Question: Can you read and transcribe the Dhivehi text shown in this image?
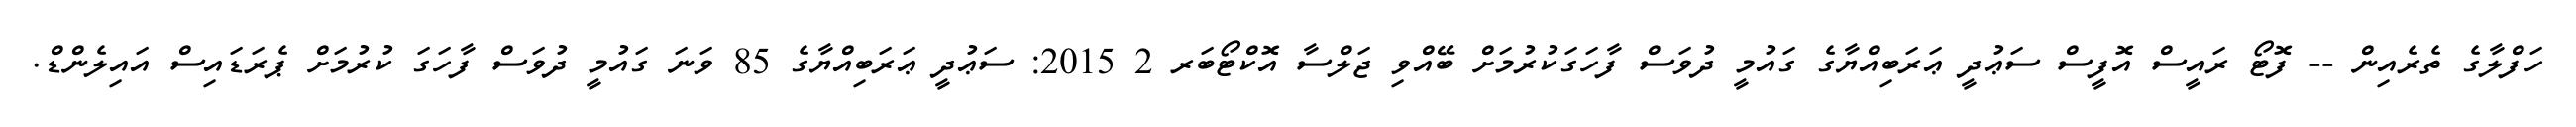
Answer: ހަފްލާގެ ތެރެއިން -- ފޮޓޯ ރައީސް އޮފީސް ސަޢުދީ ޢަރަބިއްޔާގެ ގައުމީ ދުވަސް ފާހަގަކުރުމަށް ބޭއްވި ޖަލްސާ އޮކްޓޯބަރ 2 2015: ސަޢުދީ ޢަރަބިއްޔާގެ 85 ވަނަ ގައުމީ ދުވަސް ފާހަގަ ކުރުމަށް ޕެރަޑައިސް އައިލެންޑް.